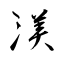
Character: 渼